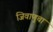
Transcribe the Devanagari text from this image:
जिवाणुचा